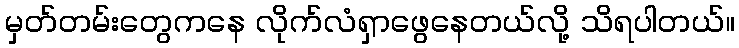
မှတ်တမ်းတွေကနေ လိုက်လံရှာဖွေနေတယ်လို့ သိရပါတယ်။